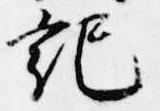
記